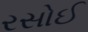
રસોઈ